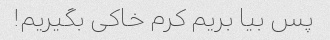
پس بیا بریم کرم خاکی بگیریم!